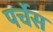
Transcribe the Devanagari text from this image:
पर्चेस